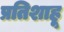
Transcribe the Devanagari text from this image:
प्रतिशाहू